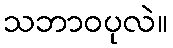
သဘာဝပုလဲ။